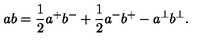
a b = \frac { 1 } { 2 } a ^ { + } b ^ { - } + \frac { 1 } { 2 } a ^ { - } b ^ { + } - a ^ { \perp } b ^ { \perp } .